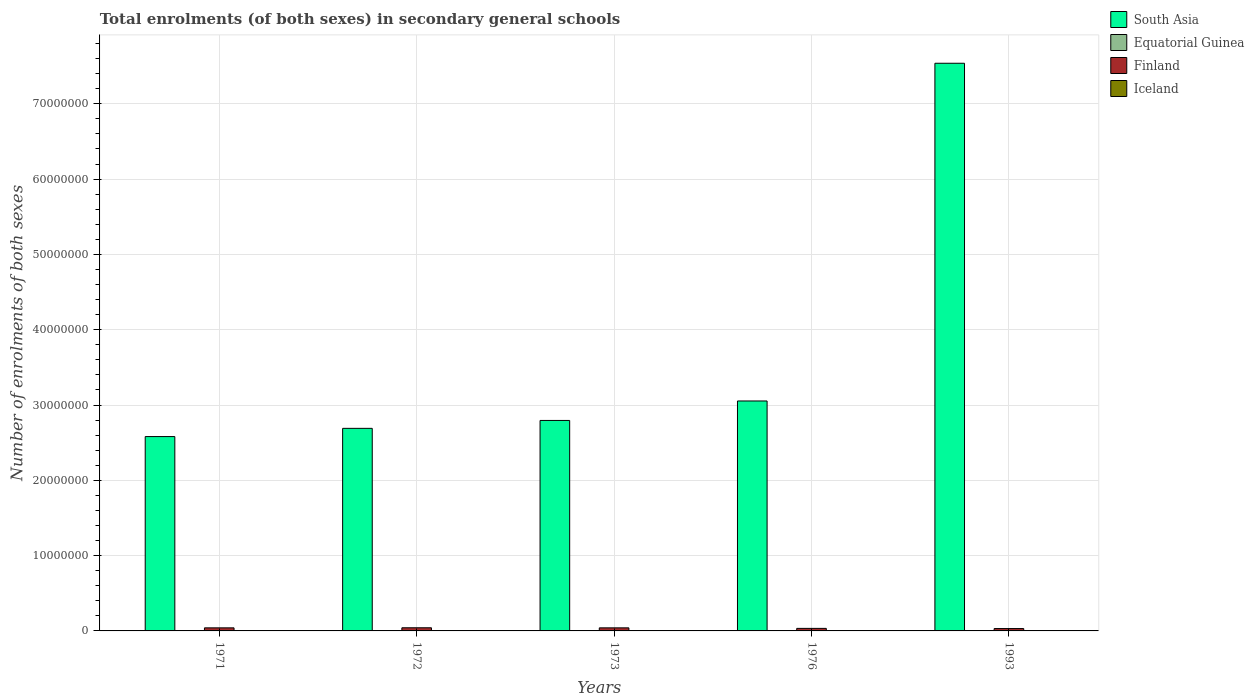
| Years | South Asia | Equatorial Guinea | Finland | Iceland |
 | --- | --- | --- | --- | --- |
 | 1971 | 2.58e+07 | 5.2e+03 | 4.08e+05 | 1.81e+04 |
 | 1972 | 2.69e+07 | 4.9e+03 | 4.18e+05 | 1.88e+04 |
 | 1973 | 2.8e+07 | 4.71e+03 | 4.08e+05 | 1.94e+04 |
 | 1976 | 3.05e+07 | 3.98e+03 | 3.38e+05 | 2.03e+04 |
 | 1993 | 7.54e+07 | 1.52e+04 | 3.14e+05 | 2.44e+04 |